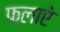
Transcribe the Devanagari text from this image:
फ्लाऐ